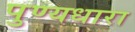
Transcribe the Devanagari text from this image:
पुण्यधारा